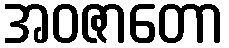
အဝဇာတော